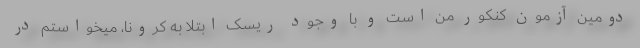
دومین آزمون کنکور من است و با وجود ریسک ابتلا به کرونا، میخواستم در